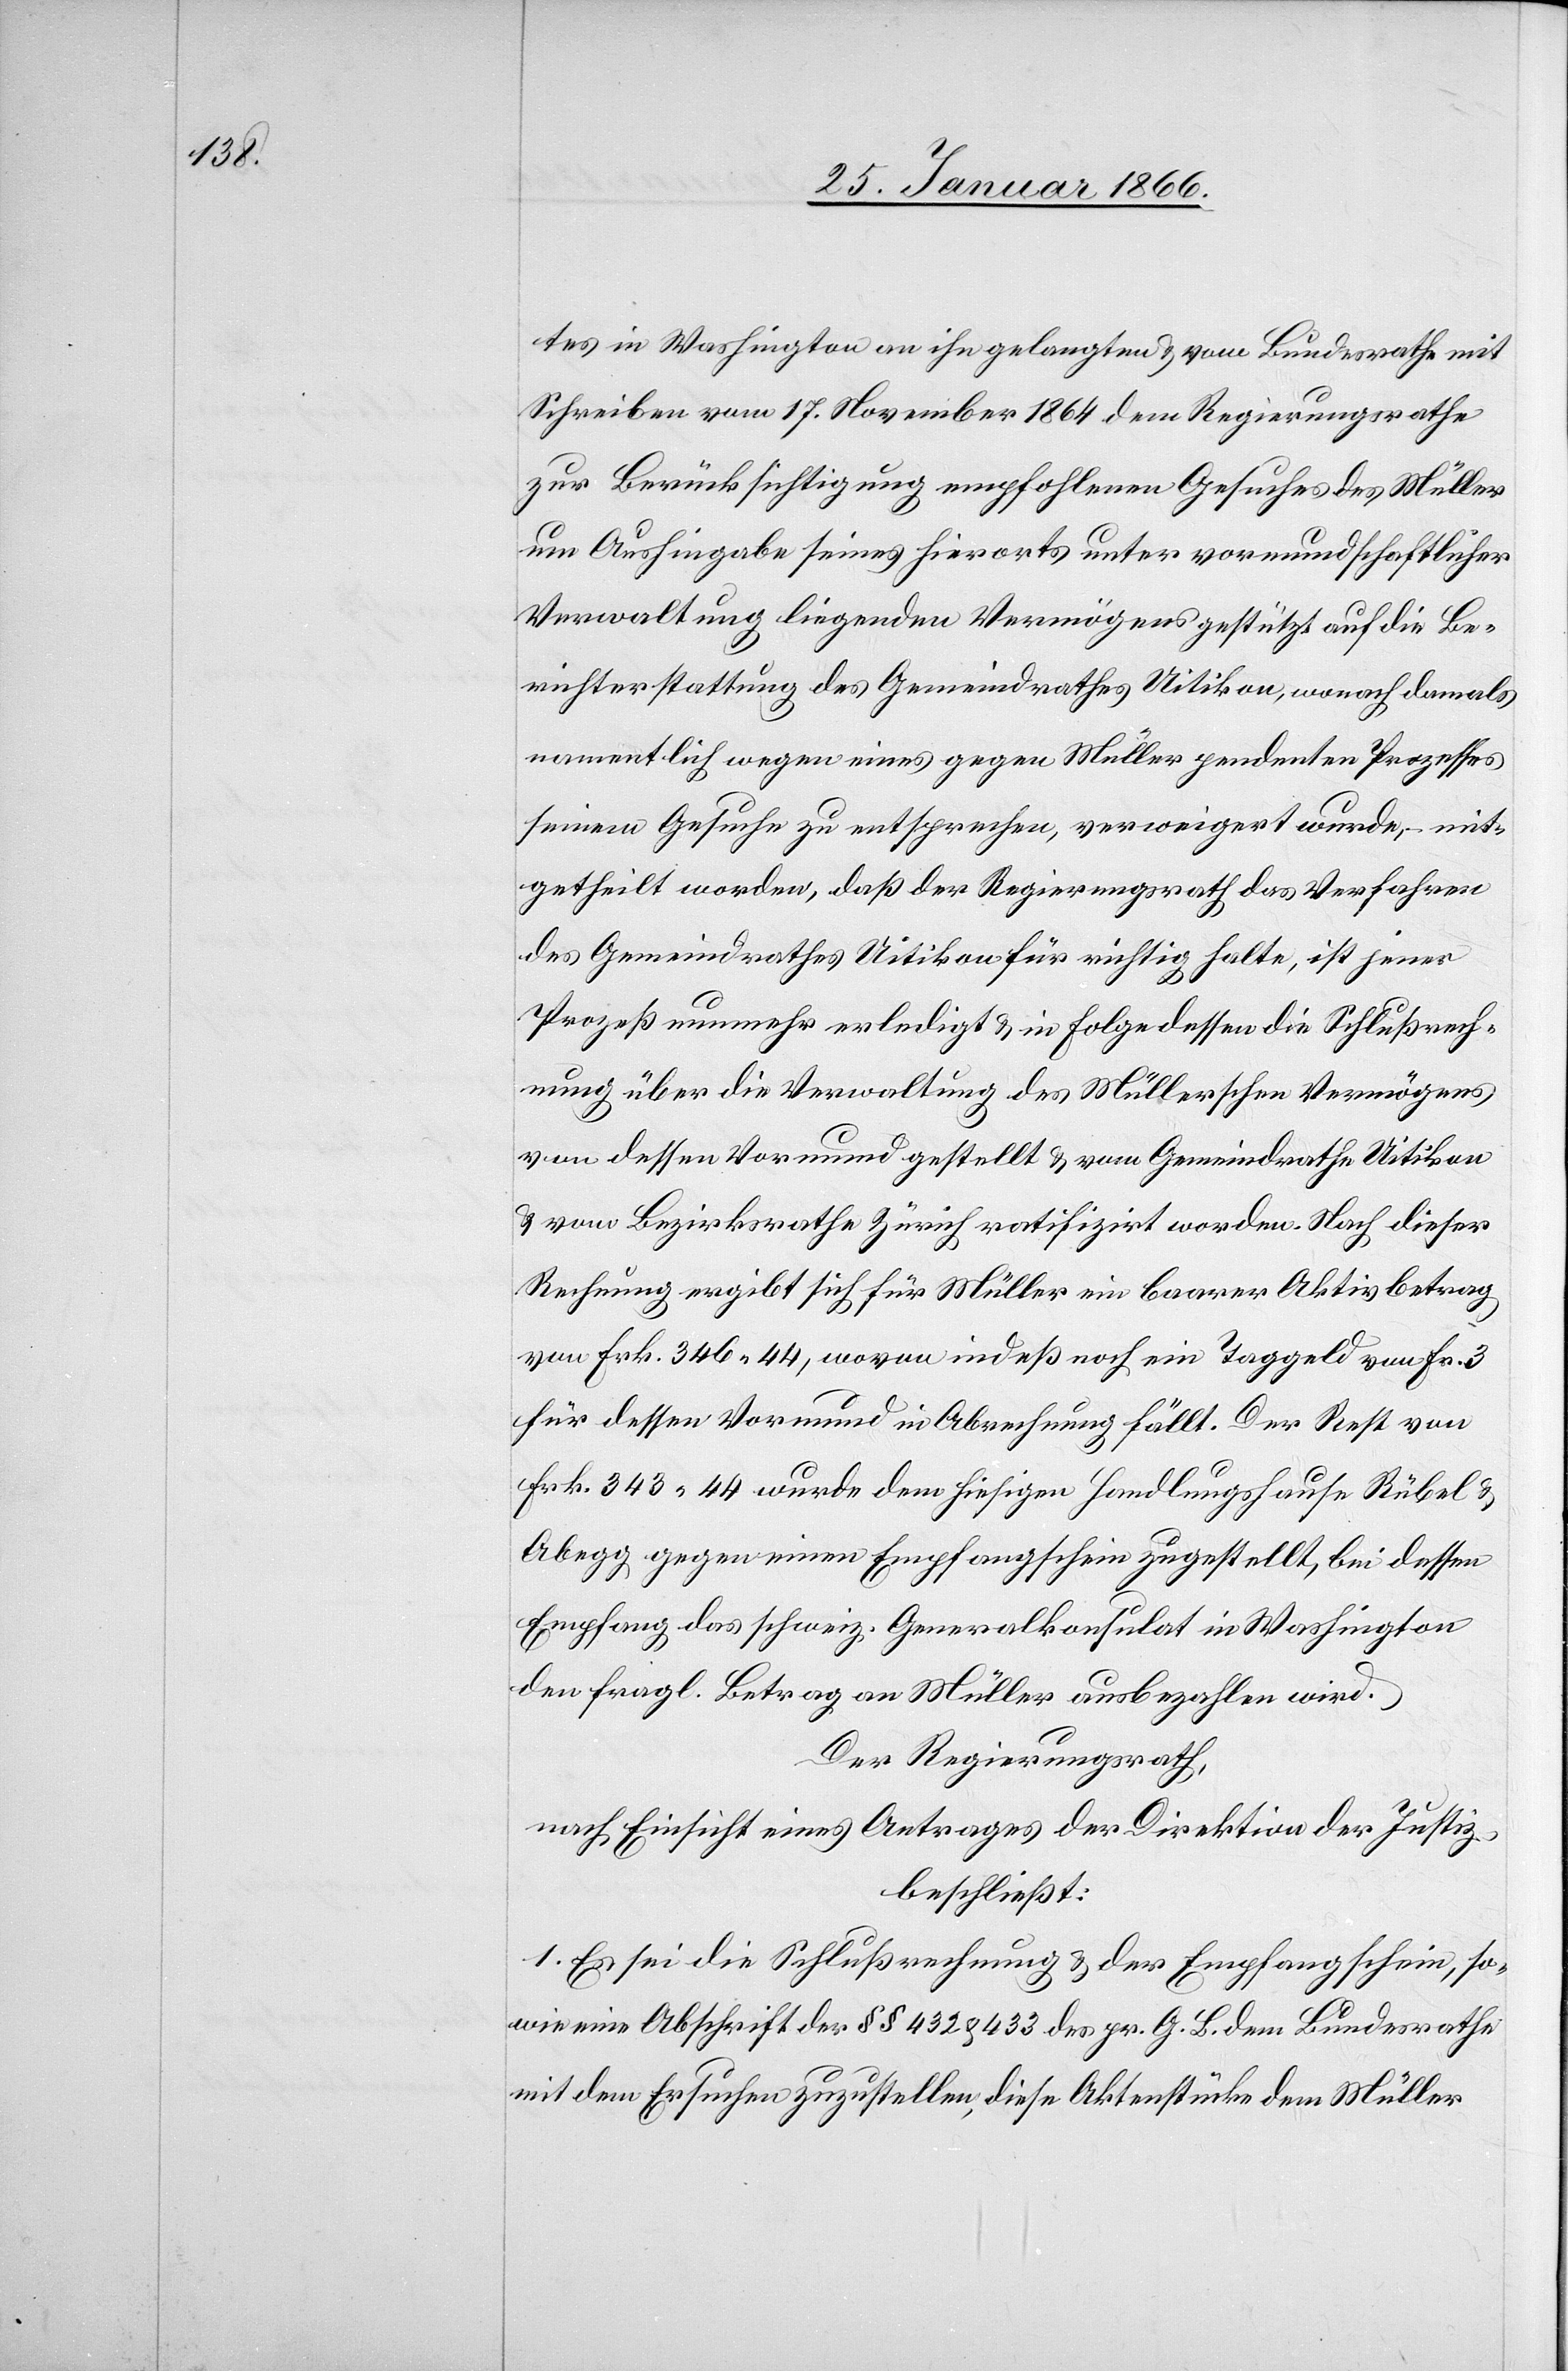
tes in Washington an ihn gelangten u. vom Bundesrathe mit
Schreiben vom 17. November 1864 dem Regierungsrathe
zur Berücksichtigung empfohlenen Gesuches des Müller
um Aushingabe seines hierorts unter vormundschaftlicher
Verwaltung liegenden Vermögens gestützt auf die Be¬
richterstattung des Gemeindrathes Uitikon, wonach damals
namentlich wegen eines gegen Müller pendenten Prozesses
seinem Gesuche zu entsprechen, verweigert wurde, mit¬
getheilt worden, daß der Regierungsrath das Verfahren
des Gemeindrathes Uitikon für nichtig halte, ist jener
Prozeß nunmehr erledigt u. in Folge dessen die Schlußrech¬
nung über die Verwaltung des Müllerschen Vermögens
von dessen Vormund gestellt u. vom Gemeindrathe Uitikon
u. vom Bezirksrathe Zürich ratifizirt worden. Nach dieser
Rechnung ergibt sich für Müller ein baarer Aktivbetrag
von Frk. 346 44, wovon indeß noch ein Taggeld von Fr. 3
für dessen Vormund in Abrechnung fällt. Der Rest von
Frk. 343 44 wurde dem hiesigen Handlungshause Rübel &
Abegg gegen einen Empfangschein zugestellt, bei dessen
Empfang das schweiz. Generalkonsulat in Washington
den fragl. Betrag an Müller ausbezahlen wird.
Der Regierungsrath,
nach Einsicht eines Antrages der Direktion der Justiz,
beschließt:
1. Es sei die Schlußrechnung u. der Empfangschein, so¬
wie eine Abschrift der §§ 432 & 433 des pr. G. B. dem Bundesrathe
mit dem Ersuchen zuzustellen, diese Aktenstücke dem Müller